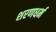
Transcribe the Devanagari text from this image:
शरणधर्म